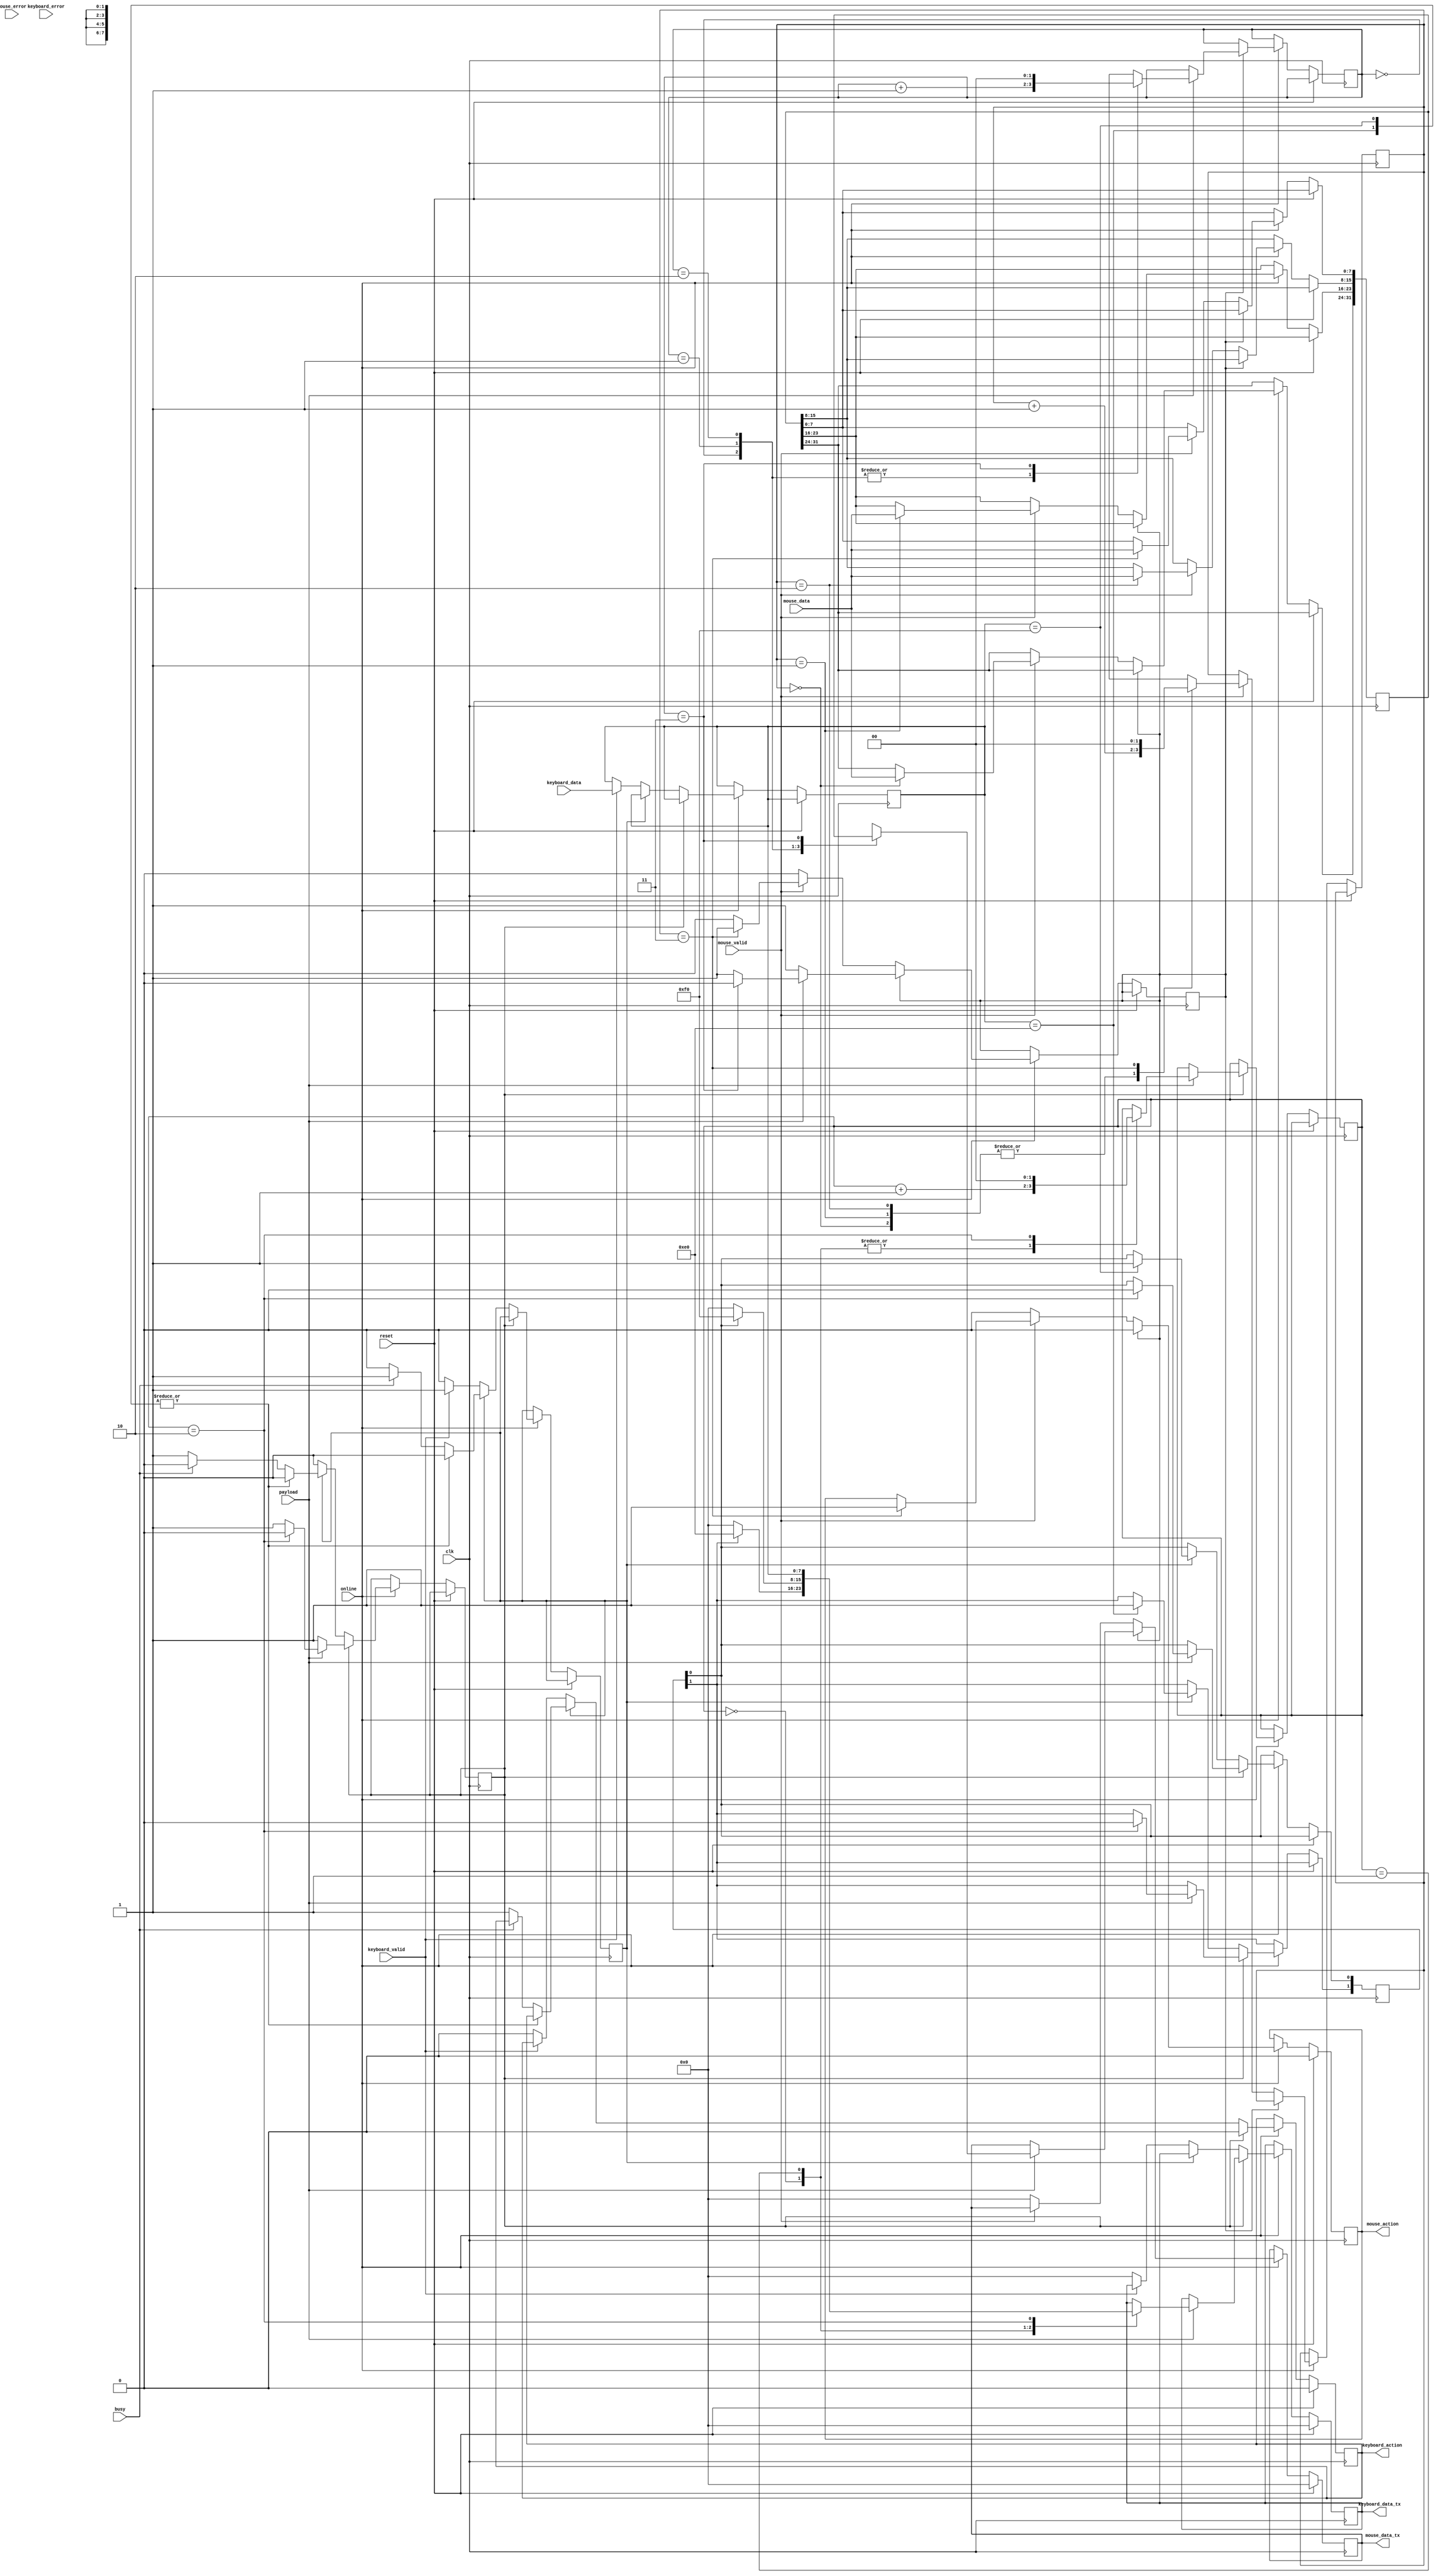
`timescale 1ns / 1ps
//////////////////////////////////////////////////////////////////////////////////
// Company: 
// Engineer: 
// 
// Design Name: 
// Module Name:    peripheral_monitor 
// Project Name: 
// Target Devices: 
// Tool versions: 
// Description: 
//
// Dependencies: 
//
// Revision: 
// Revision 0.01 - File Created
// Additional Comments: 
//
//////////////////////////////////////////////////////////////////////////////////
module peripheral_monitor(
	input clk,
	input reset,
	//data_tx
	output mouse_action,
	output [7:0] mouse_data_tx,
	output keyboard_action,
	output [7:0] keyboard_data_tx,
	input busy,
	input payload,
	input online,
	//peripherals
	input keyboard_valid,
	input keyboard_error,
	input [7:0] keyboard_data,
	input mouse_valid,
	input mouse_error,
	input [7:0] mouse_data
);

reg m_action = 1'b0;
reg k_action = 1'b0;
reg [7:0] m_data = 8'h00;
reg [7:0] k_data = 8'h00;

reg [1:0] keyboard_state = 2'b00;
reg [1:0] keyboard_counter = 2'b00;
reg decode = 0;
reg transmit = 0;
reg [7:0] keyboard_buffer = 8'h00;

reg [31:0] mouse_buffer = 8'h00;
reg [1:0] bytes_read = 2'b00;
reg transmit_mouse = 0;
reg [1:0] mouse_counter = 2'b00;

always @(posedge clk) begin

	if (reset) begin
		m_action <= 1'b0;
		m_data <= 8'h00;
	end
	else if(online) begin
	
		if (transmit_mouse) begin
			m_action <= 1'b0;
			if (payload == 1'b1) begin
				case(mouse_counter)
					0: begin
							m_data <= mouse_buffer[31:24];
							mouse_counter <= mouse_counter + 1;
						end
					1: begin
							m_data <= mouse_buffer[23:16];
							mouse_counter <= mouse_counter + 1;
						end
					2: begin
							m_data <= mouse_buffer[15:8];
							mouse_counter <= mouse_counter + 1;
						end
					3: begin
							m_data <= mouse_buffer[7:0];
							mouse_counter <= 0;
							transmit_mouse <= 1'b0;
						end
				endcase
			end
		end
		
		else if (mouse_valid) begin
			case(bytes_read)
				0: begin
						mouse_buffer[31:24] <= mouse_data;
						bytes_read <= bytes_read + 1;
					end
				1: begin
						mouse_buffer[23:16] <= mouse_data;
						bytes_read <= bytes_read + 1;
					end
				2: begin
						mouse_buffer[15:8] <= mouse_data;
						bytes_read <= bytes_read + 1;
					end
				3: begin
						mouse_buffer[7:0] <= mouse_data;
						bytes_read <= 0;
						transmit_mouse <= 1'b1;
						m_action <= 1'b1;
					end
			endcase
		end
		
		else begin
			m_data <= 8'h00;
			m_action <= 0;
		end
		
	end
end

always @(posedge clk) begin
	if (reset) begin
		k_action <= 1'b0;
		k_data <= 8'h00;
	end
	else if (online) begin
		if (transmit) begin
			k_action <= 1'b0;
			if (payload == 1'b1) begin
				case (keyboard_counter)
					0: begin
							if(keyboard_state[1]) k_data <= 8'he0;
							else k_data <= 8'h00;
							keyboard_counter <= keyboard_counter + 1;
						end
					1: begin
							if(keyboard_state[0]) k_data <= 8'hf0;
							else k_data <= 8'h00;
							keyboard_counter <= keyboard_counter + 1;
						end
					2: begin
							k_data <= keyboard_buffer;
							keyboard_counter <= 0;
							keyboard_state <= 0;
							transmit <= 0;
						end
				endcase
			end
		end
		else if (decode) begin
			case(keyboard_buffer)
				8'he0: begin
					 keyboard_state[1] <= 1;
					 decode <= 0;
					 end
				8'hf0: begin
					 keyboard_state[0] <= 1;
					 decode <= 0;
					 end
				default: 
					 if (!busy) begin
						 k_action <= 1'b1;
						 transmit <= 1'b1;
						 decode <= 1'b0;
					 end
			endcase
		end
		else if (keyboard_valid) begin
			decode <= 1'b1;
			keyboard_buffer <= keyboard_data; 
		end
		else begin
			k_data <= 0;
			k_action <= 0;
		end
	end
end

assign mouse_action = m_action;
assign keyboard_action = k_action;
assign mouse_data_tx = m_data;
assign keyboard_data_tx = k_data;

endmodule